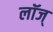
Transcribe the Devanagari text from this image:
लॉज्